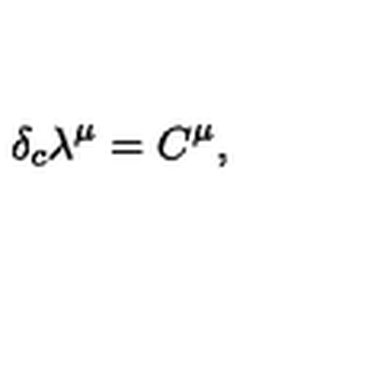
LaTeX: \delta _ { c } \lambda ^ { \mu } = C ^ { \mu } ,